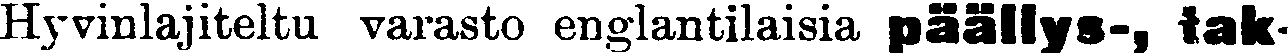
Hyvinlajiteltu varasto englantilaisia päällys-, tak-